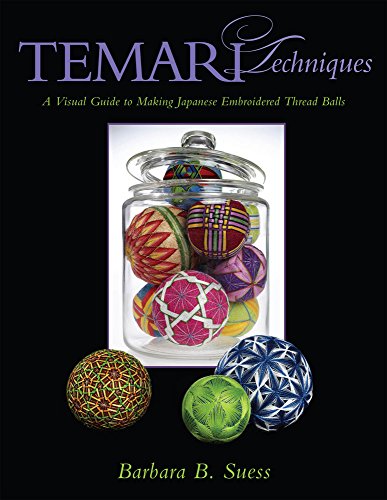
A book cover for Temari Techniques: A Visual Guide to Making Japanese Embroidered Thread Balls; Barbara B. Suess; Crafts, Hobbies & Home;